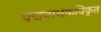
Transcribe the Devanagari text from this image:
पद्मनाभकविकृत